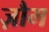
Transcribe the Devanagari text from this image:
ज़ौम